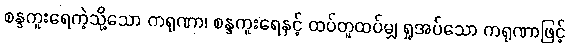
စန္ဒကူးရေကဲ့သို့သော ကရုဏာ၊ စန္ဒကူးရေနှင့် ထပ်တူထပ်မျှ ရှုအပ်သော ကရုဏာဖြင့်